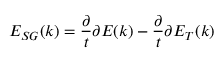
E _ { S G } ( k ) = \frac { \partial } { t } { \partial E } ( k ) - \frac { \partial } { t } { \partial E } _ { T } ( k )